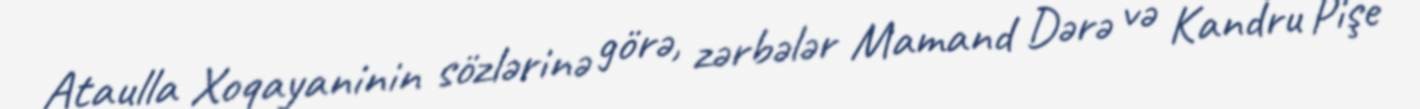
Ataulla Xoqayaninin sözlərinə görə, zərbələr Mamand Dərə və Kandru Pişe